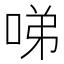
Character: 㖒